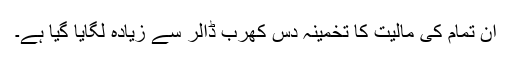
ان تمام کی مالیت کا تخمینہ دس کھرب ڈالر سے زیادہ لگایا گیا ہے۔